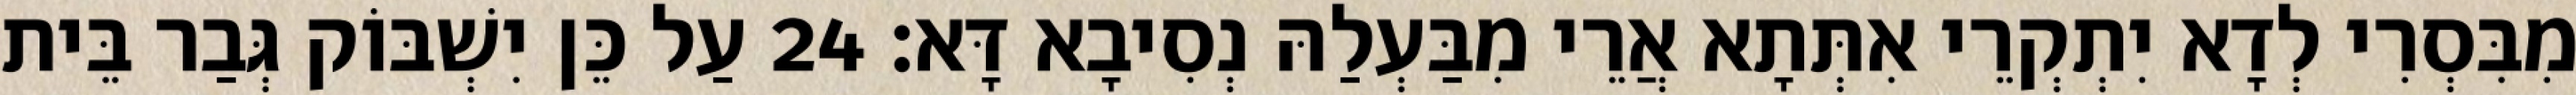
מִבִּסְרִי לְדָא יִתְקְרֵי אִתְּתָא אֲרֵי מִבַּעְלַהּ נְסִיבָא דָּא׃ 24 עַל כֵּן יִשְׁבּוֹק גְּבַר בֵּית